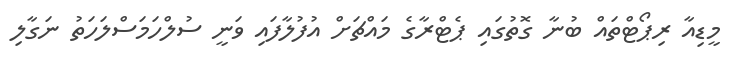
މީޑިއާ ރިޕޯޓްތައް ބުނާ ގޮތުގައި ޕެޓްރާގެ މައްޗަށް އުފުލާފައި ވަނީ ސުލްހަމަސްލަހަތު ނަގާލި